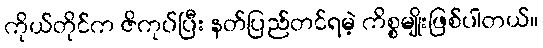
ကိုယ်တိုင်က ဇိကုပ်ပြီး နတ်ပြည်တင်ရမဲ့ ကိစ္စမျိုးဖြစ်ပါတယ်။